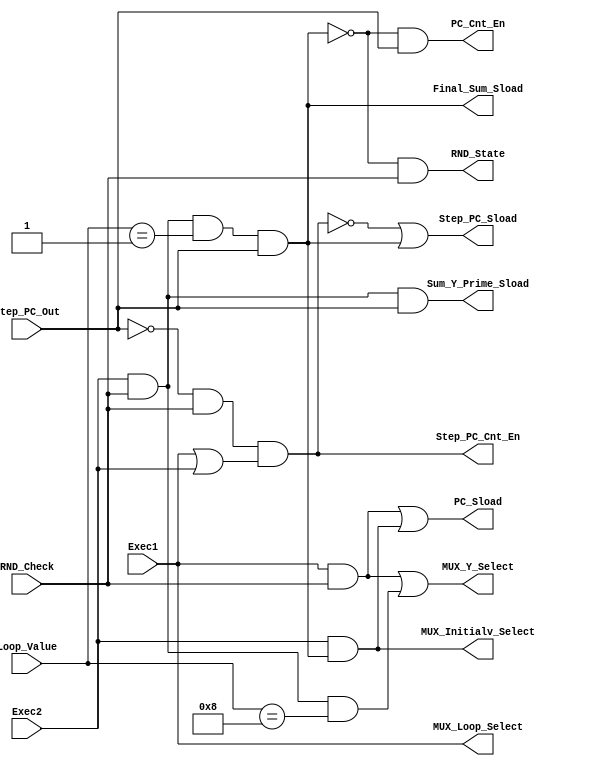
module RND_DECODER
(
input [11:0] Loop_Value,
input RND_Check,
input Step_PC_Out,

input Exec1,
input Exec2,

output MUX_Loop_Select,
output PC_Cnt_En,
output PC_Sload,
output MUX_Initialv_Select,

output Step_PC_Cnt_En,
output Step_PC_Sload,
output RND_State,
output Sum_Y_Prime_Sload,
output MUX_Y_Select,
output Final_Sum_Sload
);

wire Cond_Met= Exec2 & RND_Check & (Loop_Value==1) & (Step_PC_Out==1);

//RND_PC
assign MUX_Loop_Select= Exec1;
assign PC_Cnt_En= ~Cond_Met & Step_PC_Out;
assign PC_Sload= (Exec1 & RND_Check) | (Exec2 & Cond_Met);
assign MUX_Initialv_Select= Exec2 & Cond_Met;

//STEP_PC
assign Step_PC_Cnt_En= (Step_PC_Out==0) & (RND_Check==1) & (Exec1 | Exec2);
assign Step_PC_Sload= ~Step_PC_Cnt_En | Cond_Met;

//Output Going to State Machine
assign RND_State= ~Cond_Met & RND_Check;

//Going to Sum/Y_Prime Block
assign Sum_Y_Prime_Sload= RND_Check & Exec2 & (Step_PC_Out==1);

//Going just out of ther Multiplication Block choosing between the Y=S or Y=Y_Prime
assign MUX_Y_Select= (Exec1 & RND_Check) | (Exec2 & RND_Check & (Loop_Value==8));

//Possibly going to a last register which will save the final value when the instruction has finished - the condition has been met 
assign Final_Sum_Sload= Cond_Met;

endmodule